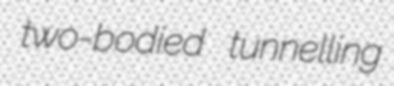
two-bodied tunnelling